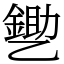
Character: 㐥